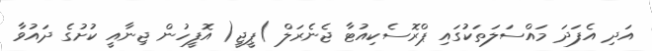
އަދި އެފަދަ މައްސަލަތަކުގައި ޕްރޮސެކިއުޓާ ޖެނެރަލް )ޕީޖީ( އޮފީހުން ޖިނާއީ ކުށުގެ ދައުވާ